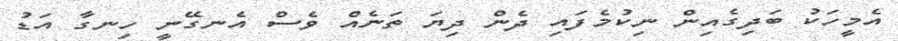
އެމީހަކު ބަދިގެއިން ނިކުމެފައި ދެން ދިޔަ ތަނެއް ވެސް އެނގޭނީ ހިނގާ އަޑު